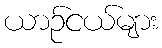
ယာဉ်ငယ်များ